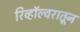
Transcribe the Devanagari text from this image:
रिव्हॉल्वरातून